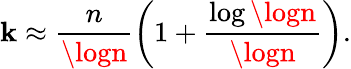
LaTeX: \mathbf{k}\approx\frac{{n}}{{\logn}}\left(1+\frac{{\log\logn}}{{\logn}}\right).